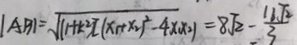
\vert \vert A B \vert = \sqrt { ( 1 + k ^ { 2 } ) ( x _ { 1 } + x _ { 2 } ) ^ { 2 } - 4 x x _ { 2 } } = 8 \sqrt { 2 } - \frac { 1 1 \sqrt { 2 } } { 3 }